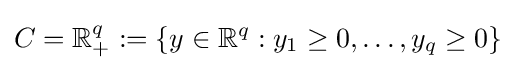
C=\mathbb {R} _{+}^{q}:=\{y\in \mathbb {R} ^{q}:y_{1}\geq 0,\dots ,y_{q}\geq 0\}